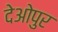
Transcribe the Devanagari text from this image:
देओपुर